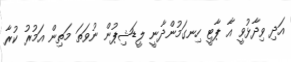
އަދި ވިދާޅުވީ އާ ޕާޓީ ހިނގަމުންދާނީ ލީޑަޝިޕުން ނުވަތަ މަތިން އަމުރު ކުރާ